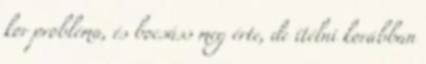
kor probléma, és bocsáss meg érte, de ítélni korábban